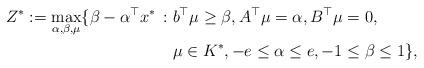
LaTeX: \begin{align*}Z^*:=\max_{\alpha,\beta,\mu}\{ \beta-\alpha^\top x^* \, : \; & b^\top\mu\geq\beta, A^\top\mu=\alpha, B^\top\mu=0,\\ & \mu\in K^*, -e \le \alpha \le e, -1 \le \beta \le 1 \},\end{align*}